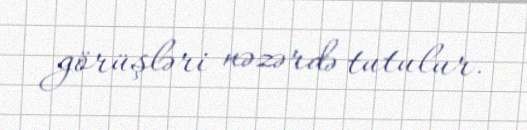
görüşləri nəzərdə tutulur.